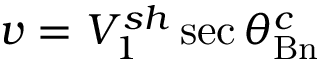
v = V _ { 1 } ^ { s h } \sec { \theta _ { \mathrm { B n } } ^ { c } }